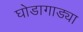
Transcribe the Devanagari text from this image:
घोडागाड्या